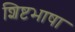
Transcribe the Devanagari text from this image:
शिष्टभाषा